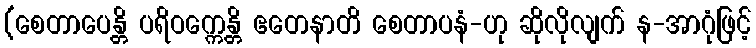
(စေတာပေန္တိ ပရိဝက္ကေန္တိ ဧတေနာတိ စေတာပနံ-ဟု ဆိုလိုလျက် န-အာဂုံဖြင့်